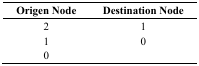
| Origen Node | Destination Node |
 | --- | --- |
 | 2 | 1 |
 | 1 | 0 |
 | 0 |  |